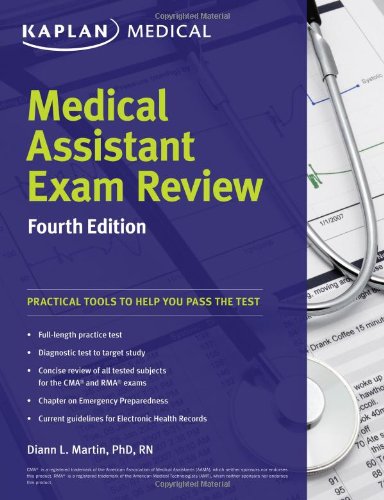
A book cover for Medical Assistant Exam Review Fourth Edition (Kaplan Medical Assistant Exam Review); Diann L. Martin PhD  RN; Test Preparation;